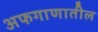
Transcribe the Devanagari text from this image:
अफगाणातील